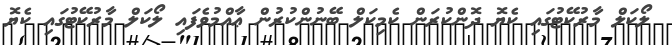
ލޯކަލް މާރުކޭޓުގައި ކެޔޮ ދޮންކުރަން ކެމިކަލް ބޭނުންކުރުން ޢާއްމުވެފައި ލޯކަލް މާރުކޭޓުގައި ކެޔޮ